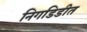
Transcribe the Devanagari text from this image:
निगडिडीत